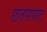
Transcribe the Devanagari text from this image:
छतसपाट